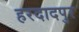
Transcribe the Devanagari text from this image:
हरदादपुर